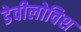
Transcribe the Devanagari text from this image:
डेवीलोविश